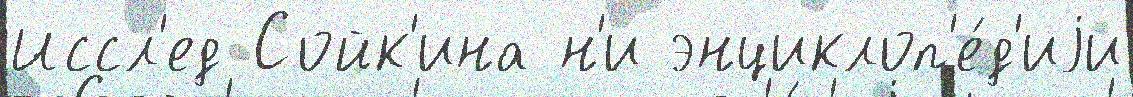
Иссл'ед Сойк'ина н'и энциклоп'е́д'иjи